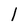
Character: 1